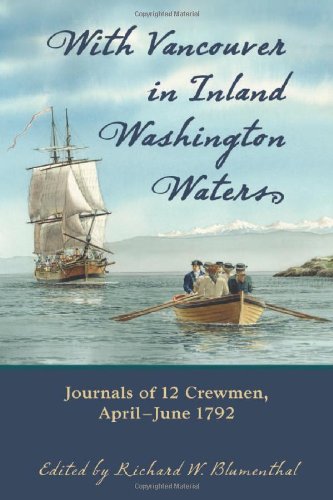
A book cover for With Vancouver in Inland Washington Waters: Journals of 12 Crewmen, April-June 1792; Richard W. Blumenthal; Travel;